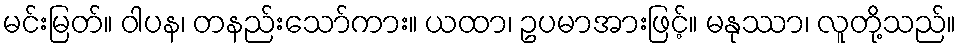
မင်းမြတ်။ ဝါပန၊ တနည်းသော်ကား။ ယထာ၊ ဥပမာအားဖြင့်။ မနုဿာ၊ လူတို့သည်။